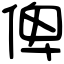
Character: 俾